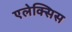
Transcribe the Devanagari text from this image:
एलेक्‍सिस